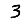
Digit: 3